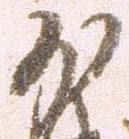
少